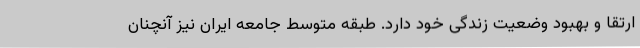
ارتقا و بهبود وضعیت زندگی خود دارد. طبقه متوسط جامعه ایران نیز آنچنان